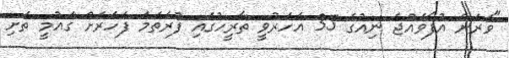
"ވަރަށް އުފާވެއްޖެ ނިއުގެ 35 އަހަރުވީ ތާރީހުގައި ފުރަތަމަ ފަހަރަށް ގައުމީ ތަށި